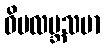
ဝိမလဗ္ဘသမာ